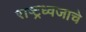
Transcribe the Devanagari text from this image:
राष्ट्रध्वजाचे